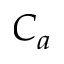
C _ { a }